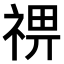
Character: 𥚈